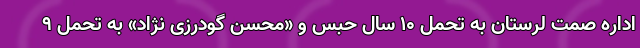
اداره صمت لرستان به تحمل ۱۰ سال حبس و «محسن گودرزی نژاد» به تحمل ۹